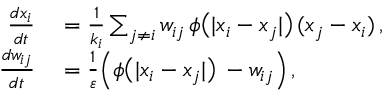
\begin{array} { r l } { \frac { d x _ { i } } { d t } } & { { } = \frac { 1 } { k _ { i } } \sum _ { j \neq i } w _ { i j } \, \phi \big ( | x _ { i } - x _ { j } | \big ) \, ( x _ { j } - x _ { i } ) \, , } \\ { \frac { d w _ { i j } } { d t } } & { { } = \frac { 1 } { \varepsilon } \Big ( \phi \big ( | x _ { i } - x _ { j } | \big ) \, - w _ { i j } \Big ) \, , } \end{array}